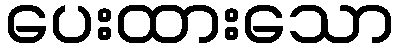
ပေးထားသော